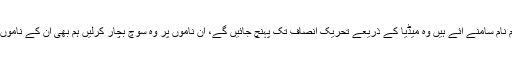
نجی ٹی وی کے نمائندے سے غیر رسمی گفتگو میں شہبازشریف نے کہا کہ جوم نام سامنے آئے ہیں وہ میڈیا کے ذریعے تحریک انصاف تک پہنچ جائیں گے، ان ناموں پر وہ سوچ بچار کرلیں ہم بھی ان کے ناموں پر سوچ بچار کررہے ہیں، ہوسکتا ہے کہ ایک ہی ملاقات میں نام فائنل ہوجائے۔